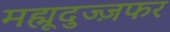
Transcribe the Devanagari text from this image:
मह्मूदुज्ज़फर